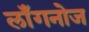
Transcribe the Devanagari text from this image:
लाँगनोज